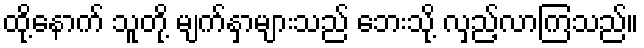
ထို့နောက် သူတို့ မျက်နှာများသည် ဘေးသို့ လှည့်လာကြသည်။